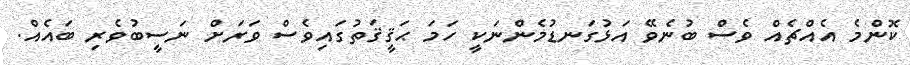
ކޮންމެ އެއްޗެއް ވެސް ބުނެވޭ އަޅުގަނޑުމެންނަކީ ހަމަ ޙަޤީޤަތުގައިވެސް ވަރަށް ނަސީބުވެރި ބައެއް.